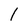
Character: l